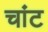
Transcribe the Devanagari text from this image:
चांट